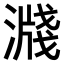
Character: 𣽖